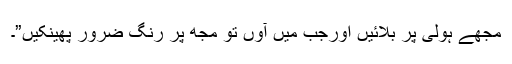
مجھے ہولی پر بلائیں اورجب میں آوں تو مجھ پر رنگ ضرور پھینکیں”۔